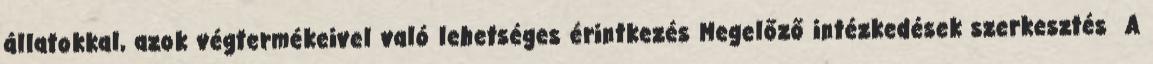
állatokkal, azok végtermékeivel való lehetséges érintkezés Megelőző intézkedések szerkesztés A